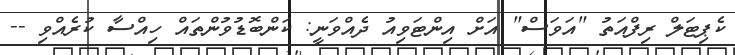
ކެޕިޓަލް ރިފްއަތު "އަވަސް" އަށް އިންޓަވިއު ދެއްވަނީ: ކަންބޮޑުވުންތައް ހިއްސާ ކުރެއްވި --